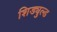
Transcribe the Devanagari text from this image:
शिड्युल्ड